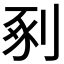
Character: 剢